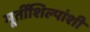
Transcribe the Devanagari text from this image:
मूर्तीशिल्पांशी